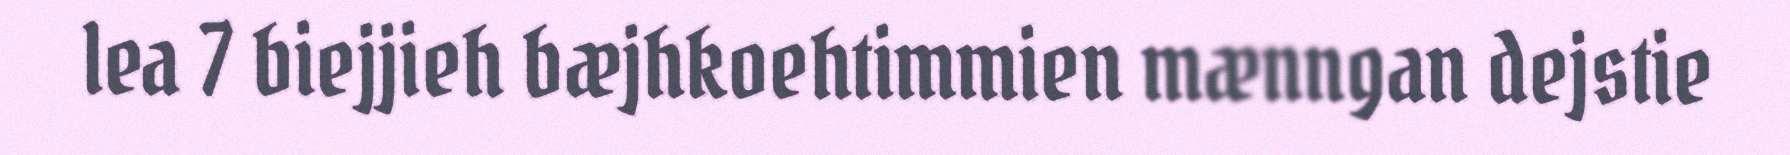
lea 7 biejjieh bæjhkoehtimmien mænngan dejstie